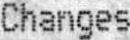
CHANGES